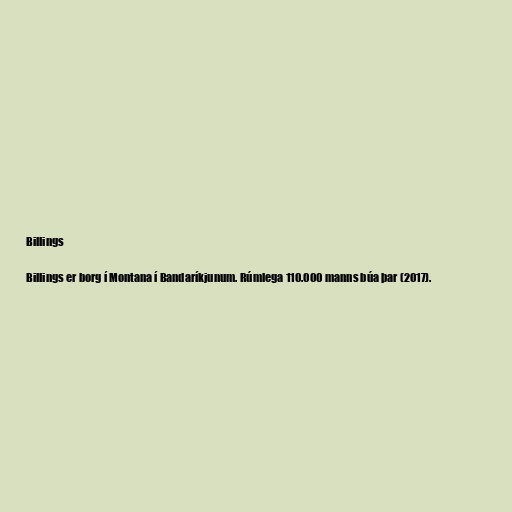
Billings

Billings er borg í Montana í Bandaríkjunum. Rúmlega 110.000 manns búa þar (2017).